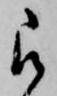
被